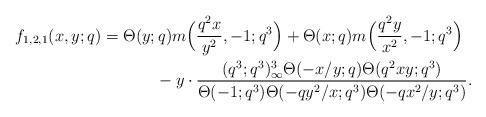
LaTeX: \begin{align*}f_{1,2,1}(x,y;q)&=\Theta(y;q)m\Big (\frac{q^2x}{y^2},-1;q^3\Big )+\Theta(x;q)m\Big (\frac{q^2y}{x^2},-1;q^3\Big )\\& \ \ \ \ \ \ \ \ \ \ - y\cdot \frac{(q^3;q^3)_{\infty}^3\Theta(-x/y;q)\Theta(q^2xy;q^3)}{\Theta(-1;q^3)\Theta(-qy^2/x;q^3)\Theta(-qx^2/y;q^3)}. \end{align*}